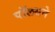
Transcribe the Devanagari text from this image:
पॉलसने